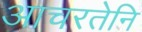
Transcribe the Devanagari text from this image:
आचरतेनि